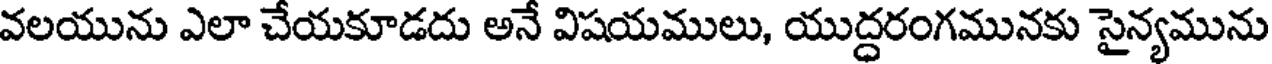
వలయును ఎలా చేయకూడదు అనే విషయములు, యుద్దరంగమునకు సైన్యమును